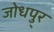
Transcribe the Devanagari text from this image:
जोधपु्र